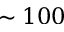
\sim 1 0 0